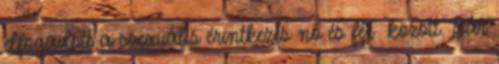
elfogadott a szexuális érintkezés nő és férﬁ között. Bár